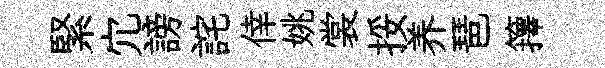
緊宂謗詫倖姚裳挼养琶籜